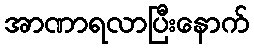
အာဏာရလာပြီးနောက်